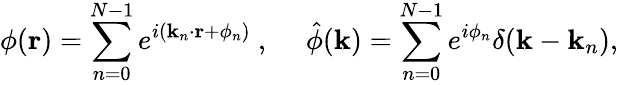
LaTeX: \phi({\mathbf r})=\sum_{n=0}^{N-1}e^{i({\mathbf k}_{n}\cdot{\mathbf r}+\phi_{n})}\mathrm{~,~}\quad\hat{\phi}({\mathbf k})=\sum_{n=0}^{N-1}e^{i\phi_{n}}\delta({\mathbf k}-{\mathbf k}_{n}),